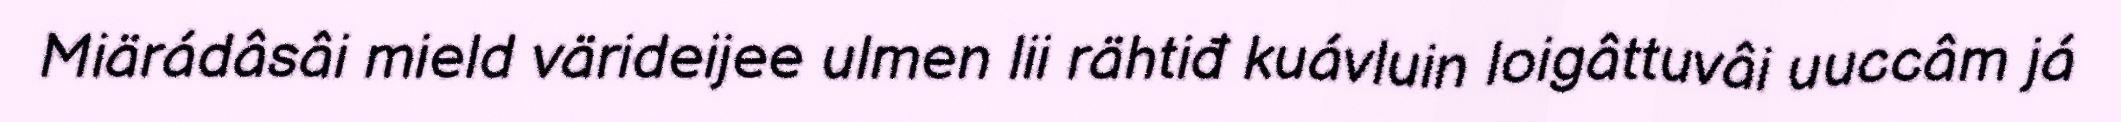
Miärádâsâi mield värideijee ulmen lii rähtiđ kuávluin loigâttuvâi uuccâm já